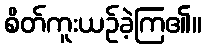
စိတ်ကူးယဉ်ခဲ့ကြ၏။